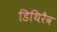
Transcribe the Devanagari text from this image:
डिथिरैव